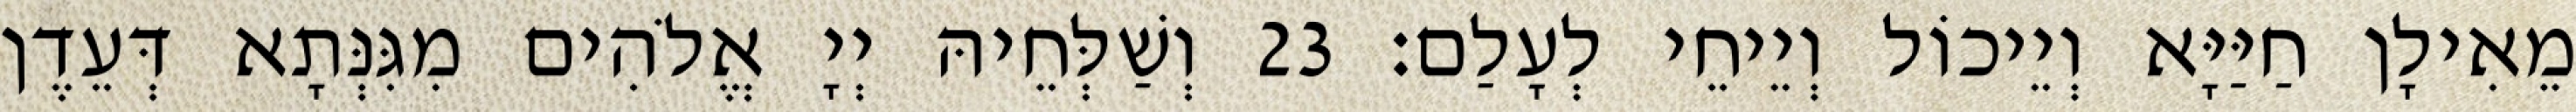
מֵאִילָן חַיַּיָּא וְיֵיכוֹל וְיֵיחֵי לְעָלַם׃ 23 וְשַׁלְּחֵיהּ יְיָ אֱלֹהִים מִגִּנְּתָא דְּעֵדֶן